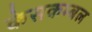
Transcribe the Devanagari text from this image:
केसकम्बल